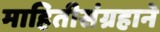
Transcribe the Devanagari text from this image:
माहितीसंग्रहाने